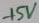
Text: +15V